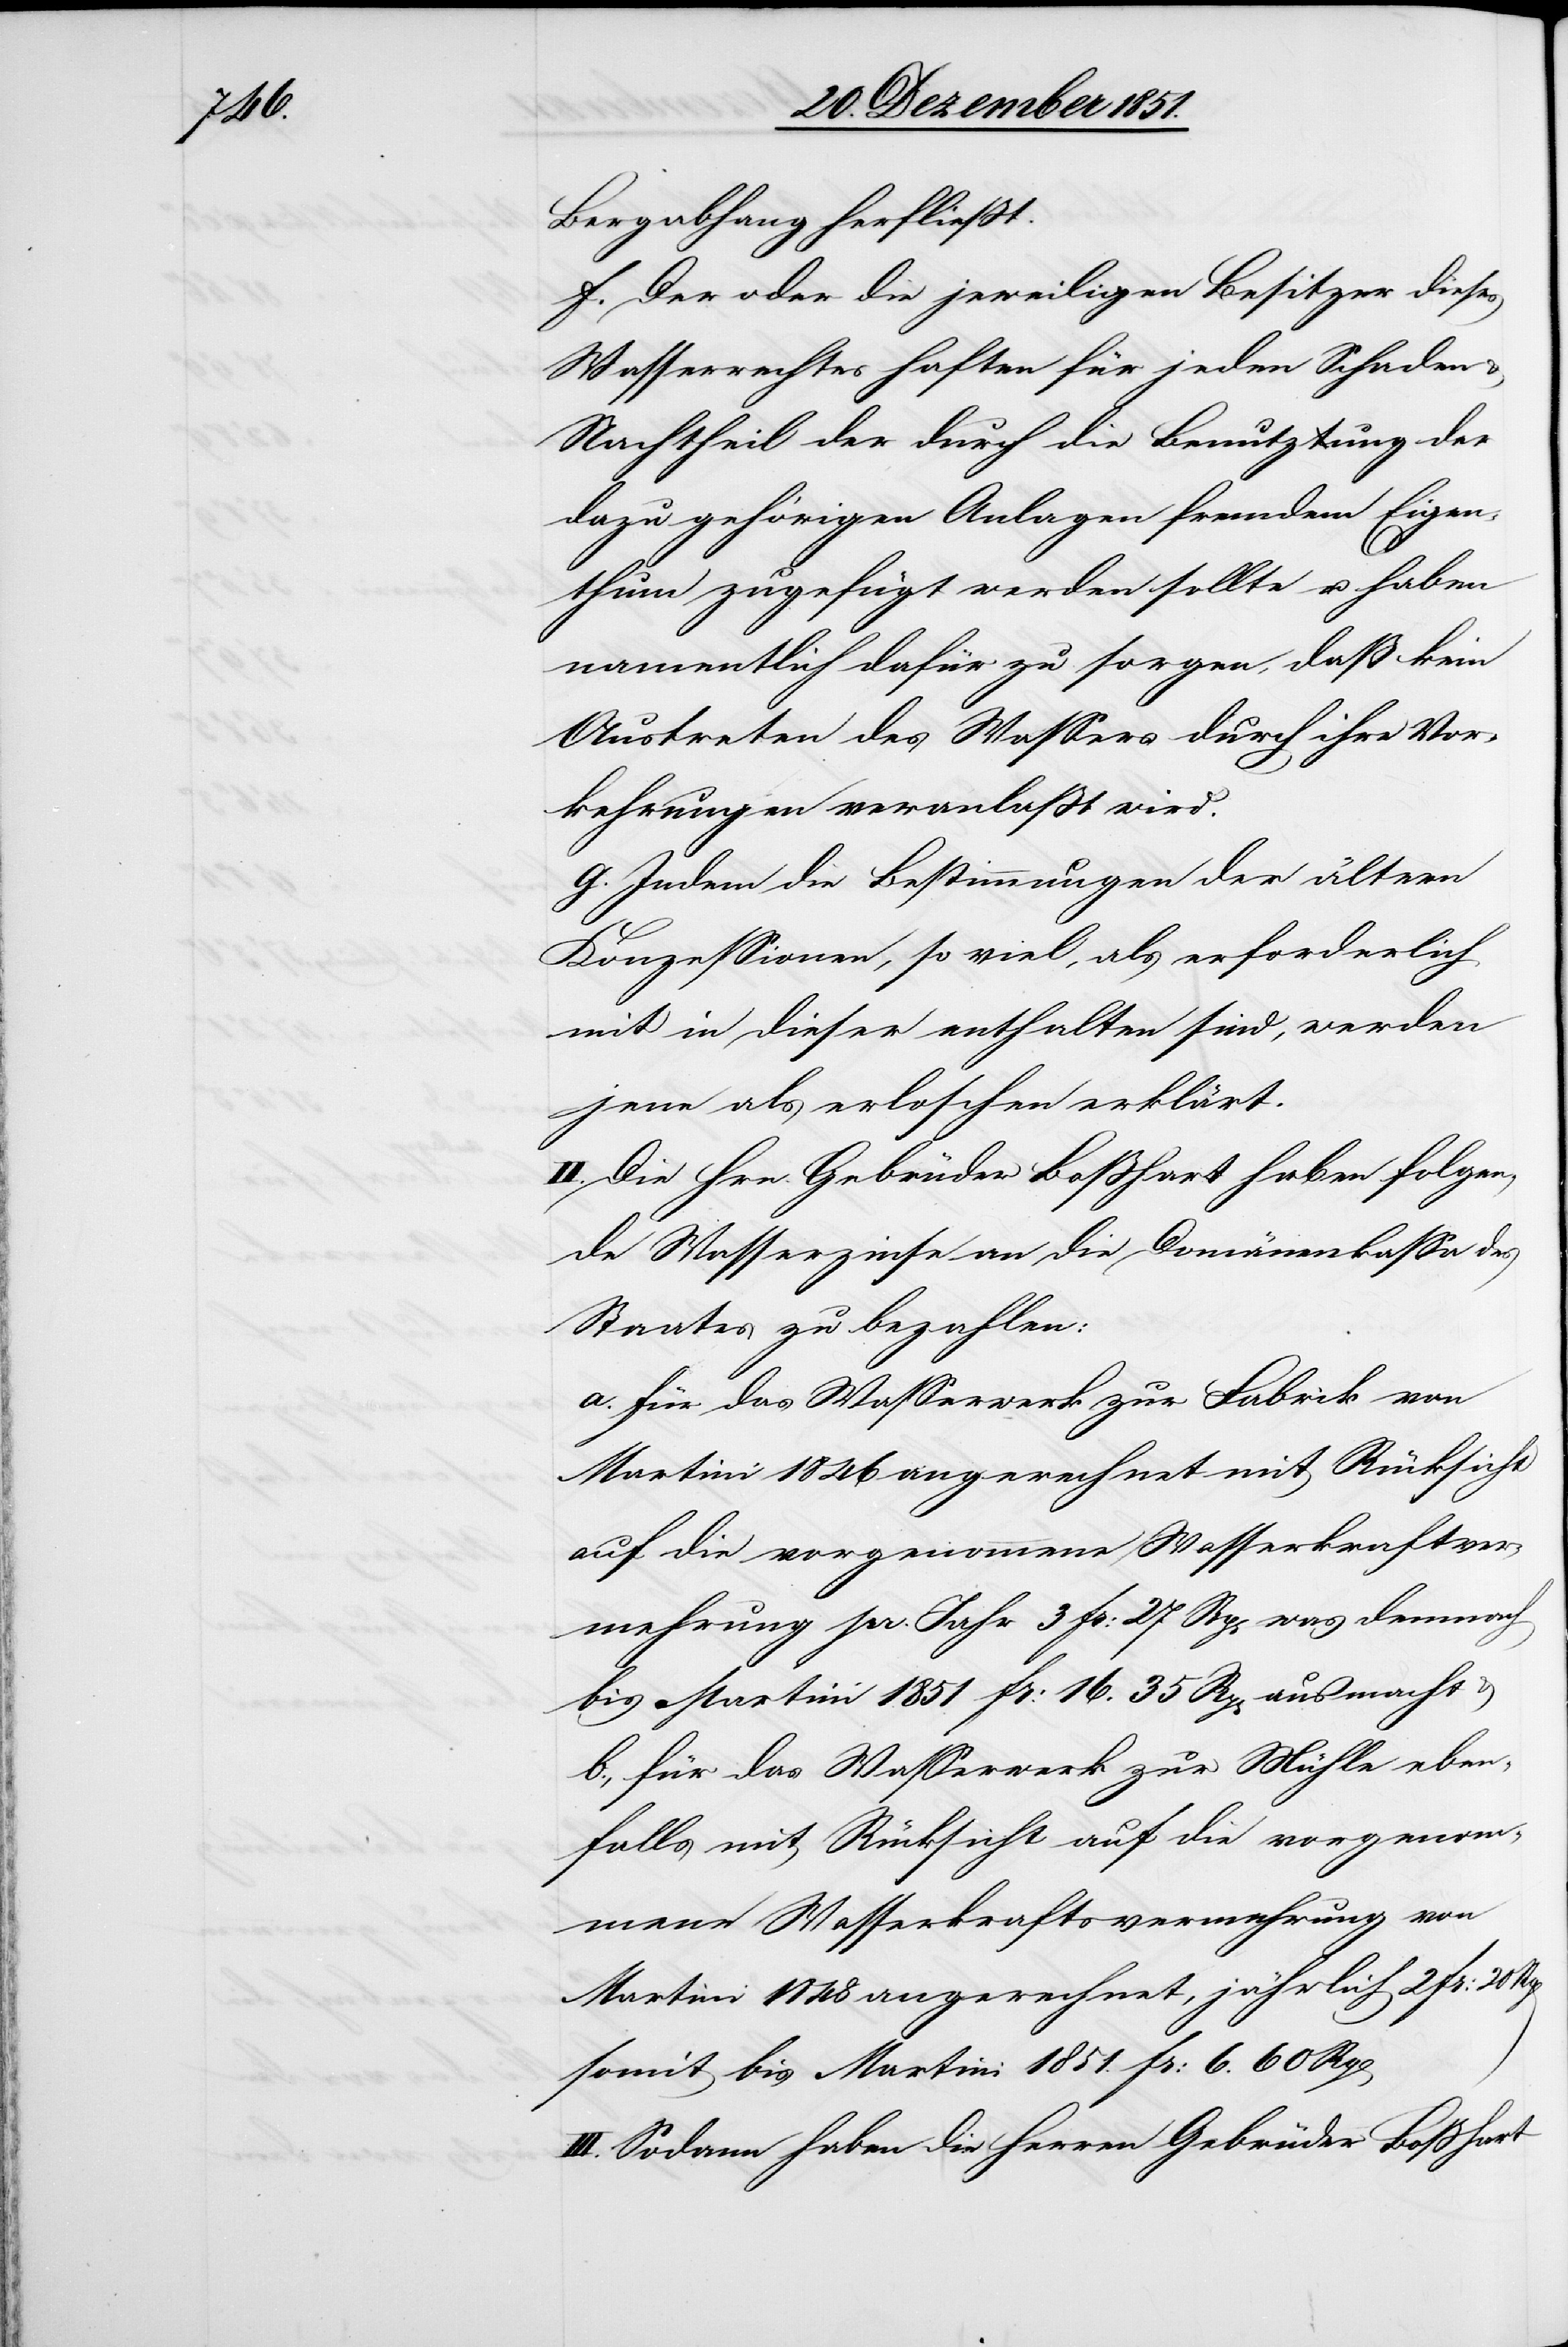
Bergabhang herfließt.
Der oder die jeweiligen Besitzer dieses
Wasserrechtes haften für jeden Schaden
Nachtheil der durch die Benutzung der
dazu gehörigen Anlagen fremdem Eigen¬
thum zugefügt werden sollte u. haben
namentlich dafür zu sorgen, daß kein
Austreten des Wassers durch ihre Vor¬
kehrungen veranlaßt wird.
Indem die Bestimmungen der ältern
Konzessionen, so viel, als erforderlich
mit in dieser enthalten sind, werden
jene als erloschen erklärt.
II. Die Hrn. Gebrüder Boßhart haben folgen¬
de Wasserzinse an die Domänenkassa des
Staates zu bezahlen:
a. für das Wasserwerk zur Fabrik von
Martini 1846 angerechnet mit Rücksicht
auf die vorgenommene Wasserkraftver¬
mehrung pr. Jahr 3 Fr: 27 Rp[en] was demnach
bis Martini 1851 Fr: 16. 35 Rp[en] ausmacht &
b., für das Wasserwerk zur Mühle eben¬
falls mit Rücksicht auf die vorgenom¬
mene Wasserkraftsvermehrung von
Martini 1848 angerechnet, jährlich 2 Fr: 20
somit bis Martini 1851. Fr: 6. 60 Rp[en]
III. Sodann haben die Herren Gebrüder Boßhart